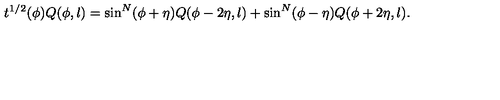
t ^ { 1 / 2 } ( \phi ) Q ( \phi , l ) = \sin ^ { N } ( \phi + \eta ) Q ( \phi - 2 \eta , l ) + \sin ^ { N } ( \phi - \eta ) Q ( \phi + 2 \eta , l ) .